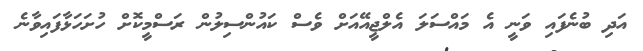
އަދި ބުނެފައި ވަނީ އެ މައްސަލަ އެލްޖީއޭއަށް ވެސް ކައުންސިލުން ރަސްމީކޮށް ހުށަހަޅާފައިވާނެ